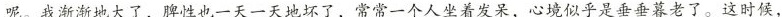
呢。我渐渐地大了，脾性也一天一天地坏了，常常一个人坐着发呆，心境似乎是垂垂暮老了。这时候，